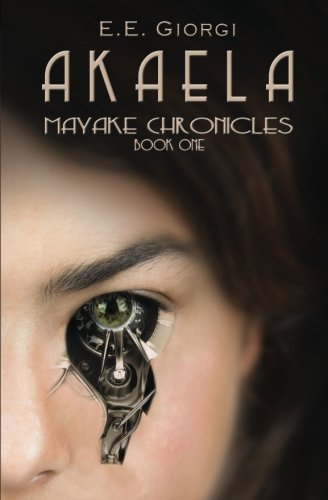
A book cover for Akaela (Mayake Chronicles) (Volume 1); E. E. Giorgi; Science Fiction & Fantasy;